Insane asylums in Bengal annual reports 1876-1887 - 1876-1887
Year: 1876
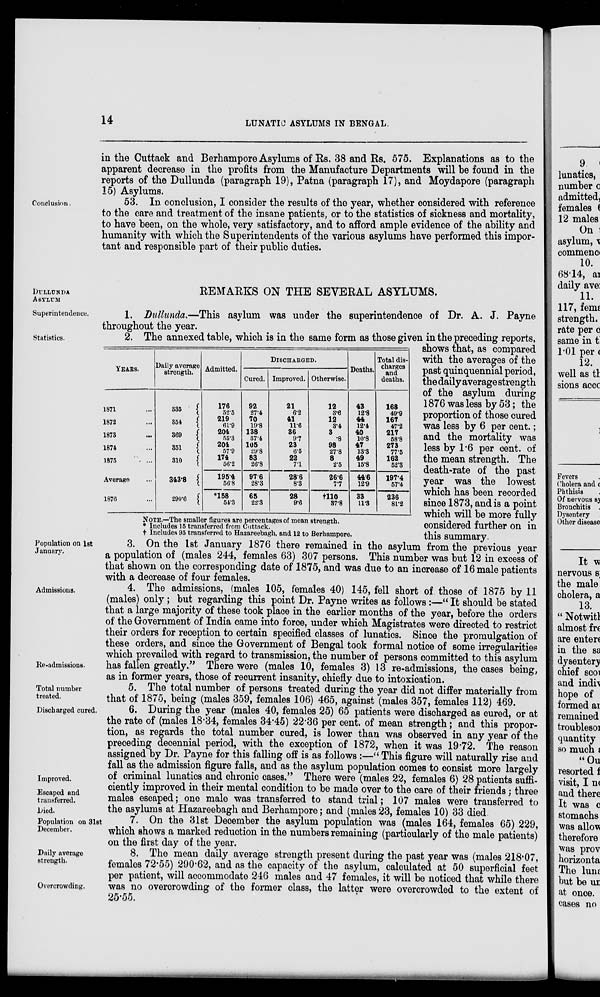
14
LUNATIC ASYLUMS IN BENGAL.
in the Cuttack and Berhampore Asylums of Rs. 38 and Rs. 575. Explanations as to the
apparent decrease in the profits from the Manufacture Departments will be found in the
reports of the Dullunda (paragraph 19), Patna (paragraph 17), and Moydapore (paragraph
15) Asylums.
Conclusion.
53. In conclusion, I consider the results of the year, whether considered with reference
to the care and treatment of the insane patients, or to the statistics of sickness and mortality,
to have been, on the whole, very satisfactory, and to afford ample evidence of the ability and
humanity with which the Superintendents of the various asylums have performed this impor-
tant and responsible part of their public duties.
DULLUNDA
ASYLUM
REMARKS ON THE SEVERAL ASYLUMS.
Superintendence.
1. Dullunda.—This asylum was under the superintendence of Dr. A. J. Payne
throughout the year.
Statistics.
YEARS.
1871 ...
1872 ...
1873 ...
1874 ...
1875
...
Average ...
1876 ...
Daily average
strength.
335
354
369
351
310
343.8
290.6
Admitted.
176
52.5
219
61.9
204
55.3
204
57.9
174
56.2
195.4
56.8
*158
54.3
DISCHARGED.
Cured.
92
27.4
70
19.8
138
37.4
105
29.8
83
26.8
97.6
28.3
65
22.3
Improved.
21
6.2
41
11.6
36
9.7
23
6.5
22
7.1
28.6
8.3
28
9.6
Otherwise.
12
3.6
12
3.4
3
.8
98
27.8
8
2.5
26.6
7.7
†110
37.8
Deaths.
43
12.8
44
12.4
40
10.8
47
13.3
49
15.8
44.6
12.9
33
11.3
Total dis-
charges
and
deaths.
168
49.9
167
47.2
217
58.8
273
77.5
162
52.3
197.4
57.4
236
81.2
NOTE.—The smaller figures are percentages of mean strength.
* Includes 15 transferred from Cuttack.
† Includes 95 transferred to Hazareebagh, and 12 to Berhampore.
2. The annexed table, which is in the same form as those given in the preceding reports,
shows that, as compared
with the averages of the
past quinquennial period,
the daily average strength
of the asylum during
1876 was less by 53; the
proportion of those cured
was less by 6 per cent.;
and the mortality was
less by 1.6 per cent. of
the mean strength. The
death-rate of the past
year was the lowest
which has been recorded
since 1873, and is a point
which will be more fully
considered further on in
this summary.
Population on 1st
January.
3. On the 1st January 1876 there remained in the asylum from the previous year
a population of (males 244, females 63) 307 persons. This number was but 12 in excess of
that shown on the corresponding date of 1875, and was due to an increase of 16 male patients
with a decrease of four females.
Admissions.
Re-admissions.
4. The admissions, (males 105, females 40) 145, fell short of those of 1875 by 11
(males) only ; but regarding this point Dr. Payne writes as follows :—“ It should be stated
that a large majority of these took place in the earlier months of the year, before the orders
of the Government of India came into force, under which Magistrates were directed to restrict
their orders for reception to certain specified classes of lunatics. Since the promulgation of
these orders, and since the Government of Bengal took formal notice of some irregularities
which prevailed with regard to transmission, the number of persons committed to this asylum
has fallen greatly.” There were (males 10, females 3) 13 re-admissions, the cases being,
as in former years, those of recurrent insanity, chiefly due to intoxication.
Total number
treated.
5. The total number of persons treated during the year did not differ materially from
that of 1875, being (males 359, females 106) 465, against (males 357, females 112) 469.
Discharged cured.
6. During the year (males 40, females 25) 65 patients were discharged as cured, or at
the rate of (males 18.34, females 34.45) 22.36 per cent. of mean strength; and this propor-
tion, as regards the total number cured, is lower than was observed in any year of the
preceding decennial period, with the exception of 1872, when it was 19.72. The reason
assigned by Dr. Payne for this falling off is as follows :—“ This figure will naturally rise and
fall as the admission figure falls, and as the asylum population comes to consist more largely
of criminal lunatics and chronic cases.” There were (males 22, females 6) 28 patients suffi-
ciently improved in their mental condition to be made over to the care of their friends; three
males escaped; one male was transferred to stand trial; 107 males were transferred to
the asylums at Hazareebagh and Berhampore; and (males 23, females 10) 33 died.
Improved.
Escaped and
transferred.
Died.
Population on 31st
December.
7. On the 31st December the asylum population was (males 164, females 65) 229,
which shows a marked reduction in the numbers remaining (particularly of the male patients)
on the first day of the year.
Daily average
strength.
Overcrowding.
8. The mean daily average strength present during the past year was (males 218.07,
females 72.55) 290.62, and as the capacity of the asylum, calculated at 50 superficial feet
per patient, will accommodate 246 males and 47 females, it will be noticed that while there
was no overcrowding of the former class, the latter were overcrowded to the extent of
25.55.